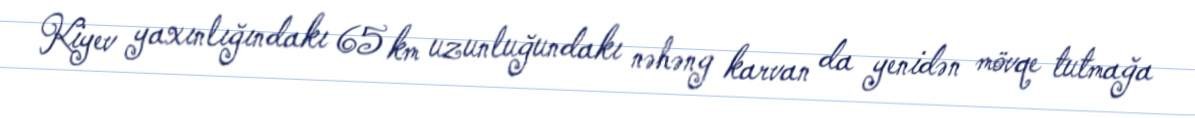
Kiyev yaxınlığındakı 65 km uzunluğundakı nəhəng karvan da yenidən mövqe tutmağa